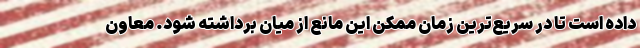
داده است تا در سریع‌ترین زمان ممکن این مانع از میان برداشته شود. معاون